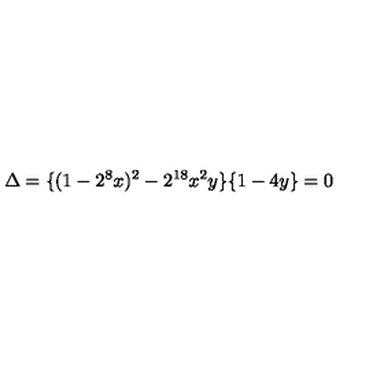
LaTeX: \Delta = \{ ( 1 - 2 ^ { 8 } x ) ^ { 2 } - 2 ^ { 1 8 } x ^ { 2 } y \} \{ 1 - 4 y \} = 0